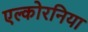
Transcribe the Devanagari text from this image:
एल्कोरनिया